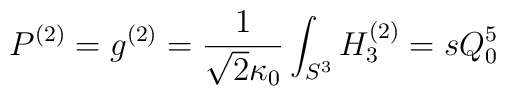
P^{(2)} = g^{(2)} = \frac{1}{\sqrt{2}\kappa_0} \int_{S^3} H_3^{(2)} =s Q_0^5